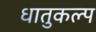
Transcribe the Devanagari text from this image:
धातुकल्प